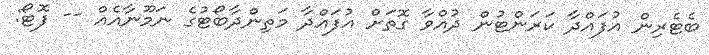
ބެޓެރިން އުފައްދާ ކަރަންޓުން ދުއްވާ ގޮތަށް އުފައްދާ މަތިންދާބޯޓުގެ ނަމޫނާއެއް -- ފޮޓޯ: